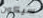
سيكون